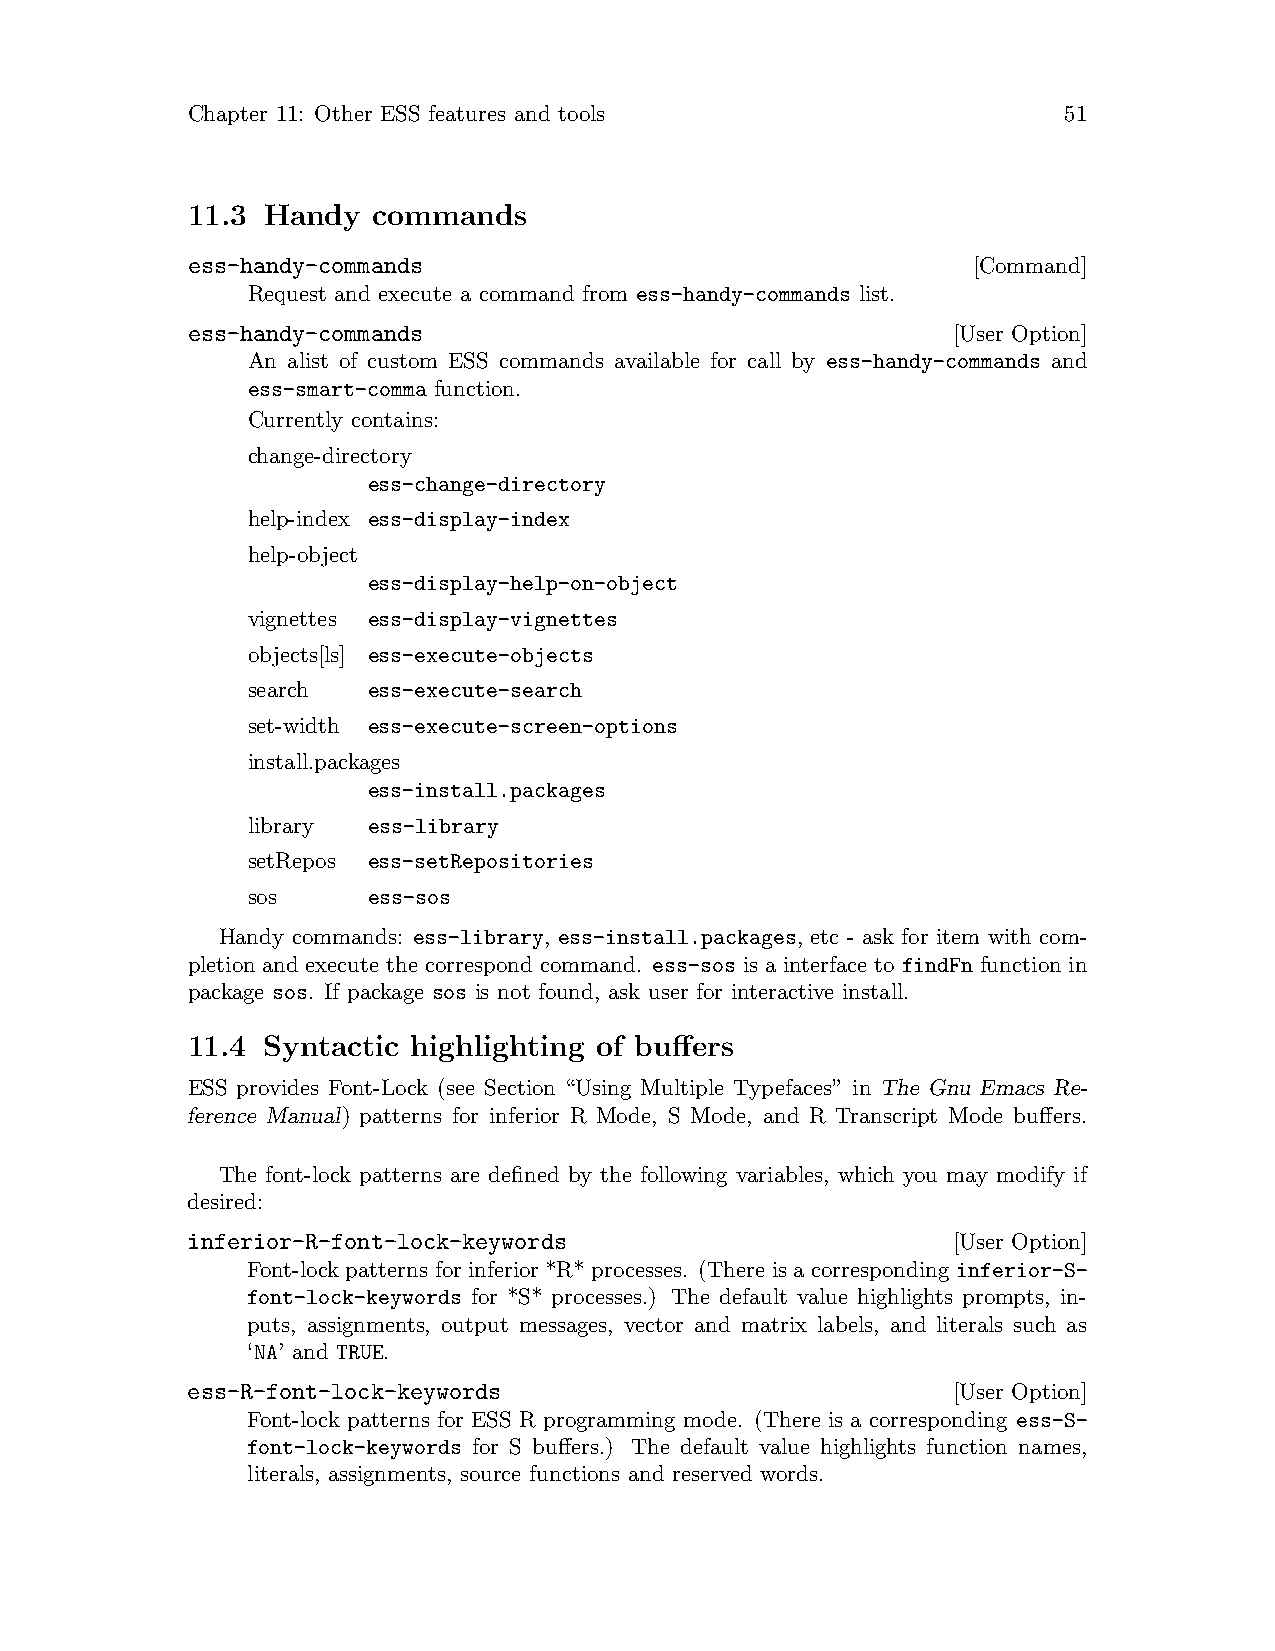
Chapter 11: Other ESS features and tools                  51
 11.3 Handy   commands
 ess-handy-commands                                  [Command]
 Request and execute a command from ess-handy-commands list.
 ess-handy-commands                                 [User Option]
 An alist of custom ESS commands available for call by ess-handy-commands and
 ess-smart-comma function.
 Currently contains:
 change-directory
 ess-change-directory
 help-index ess-display-index
 help-object
 ess-display-help-on-object
 vignettes ess-display-vignettes
 objects[ls] ess-execute-objects
 search  ess-execute-search
 set-width ess-execute-screen-options
 install.packages
 ess-install.packages
 library ess-library
 setRepos ess-setRepositories
 sos     ess-sos
 Handy commands: ess-library, ess-install.packages, etc - ask for item with com-
 pletion and execute the correspond command. ess-sos is a interface to findFn function in
 package sos. If package sos is not found, ask user for interactive install.
 11.4 Syntactic highlighting of buffers
 ESS provides Font-Lock (see Section “Using Multiple Typefaces” in The Gnu Emacs Re-
 ference Manual) patterns for inferior R Mode, S Mode, and R Transcript Mode buffers.
 The font-lock patterns are defined by the following variables, which you may modify if
 desired:
 inferior-R-font-lock-keywords                      [User Option]
 Font-lock patterns for inferior *R* processes. (There is a corresponding inferior-S-
 font-lock-keywords for *S* processes.) The default value highlights prompts, in-
 puts, assignments, output messages, vector and matrix labels, and literals such as
 ‘NA’ and TRUE.
 ess-R-font-lock-keywords                           [User Option]
 Font-lock patterns for ESS R programming mode. (There is a corresponding ess-S-
 font-lock-keywords for S buffers.) The default value highlights function names,
 literals, assignments, source functions and reserved words.